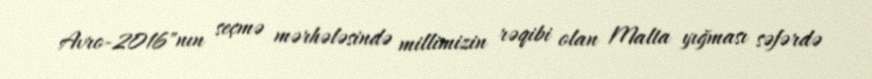
Avro-2016"nın seçmə mərhələsində millimizin rəqibi olan Malta yığması səfərdə